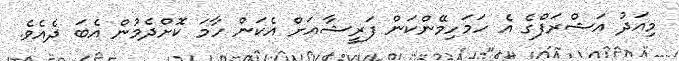
މިއަދު އަޝްރަފްގެ އެ ހަމަހިމޭންކަން ފަރީޝާއަށް އެކަން ހާމަ ކޮށްދެމުން އެބަ ދެއެވެ.